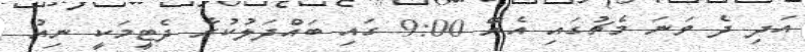
އަދި ދެ ވަނަ މެޗުގައި އެރޭ 9:00 ގައި ބައްދަލުކުރާ ދެޓީމަކީ ނިއު